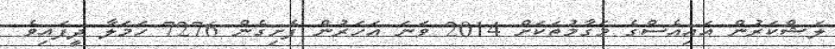
ލަޝްކަރުން އައިއެސްގެ މަގާމުތަކަށް 2014 ވަނަ އަހަރުން ފެށިގެން 7276 ހަމަލާ ދީފައިވެ